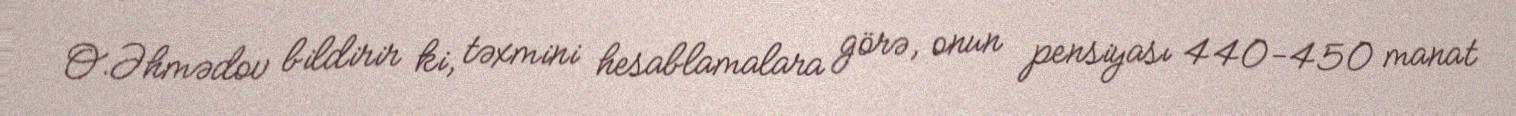
O.Əhmədov bildirir ki, təxmini hesablamalara görə, onun pensiyası 440-450 manat